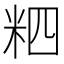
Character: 𥹊